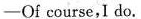
-Of course,I do.